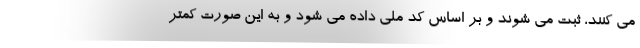
می کنند، ثبت می شوند و بر اساس کد ملی داده می شود و به این صورت کمتر